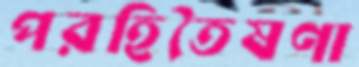
পরহিতৈষণা